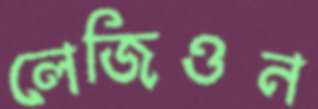
লেজিওন